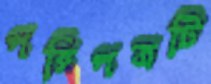
পরিপত্রটি